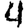
Digit: 4